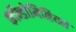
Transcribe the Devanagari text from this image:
कॉन्डोमिनियम